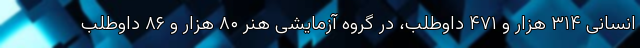
انسانی ۳۱۴ هزار و ۴۷۱ داوطلب، در گروه آزمایشی هنر ۸۰ هزار و ۸۶ داوطلب